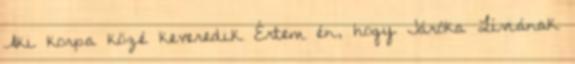
Aki korpa közé keveredik Értem én, hogy Járóka Líviának